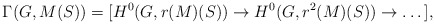
\begin{align*}\Gamma(G, M(S)) = [H^0(G, r(M)(S)) \to H^0(G, r^2(M)(S)) \to \dots],\end{align*}